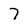
Character: 7